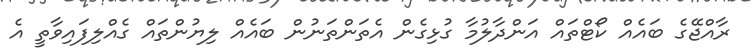
ރާއްޖޭގެ ބައެއް ކޯޓްތައް އަންދާލުމާ ގުޅިގެން އެތަންތަނުން ބައެއް ލިޔުންތައް ގެއްލިފައިވާތީ އެ